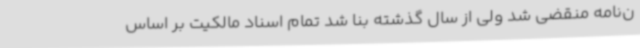
ن‌نامه منقضی شد ولی از سال گذشته بنا شد تمام اسناد مالکیت بر اساس